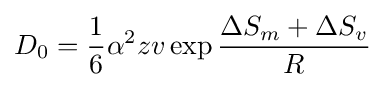
D_{0}={\frac {1}{6}}\alpha ^{2}zv\exp {\frac {\Delta S_{m}+\Delta S_{v}}{R}}